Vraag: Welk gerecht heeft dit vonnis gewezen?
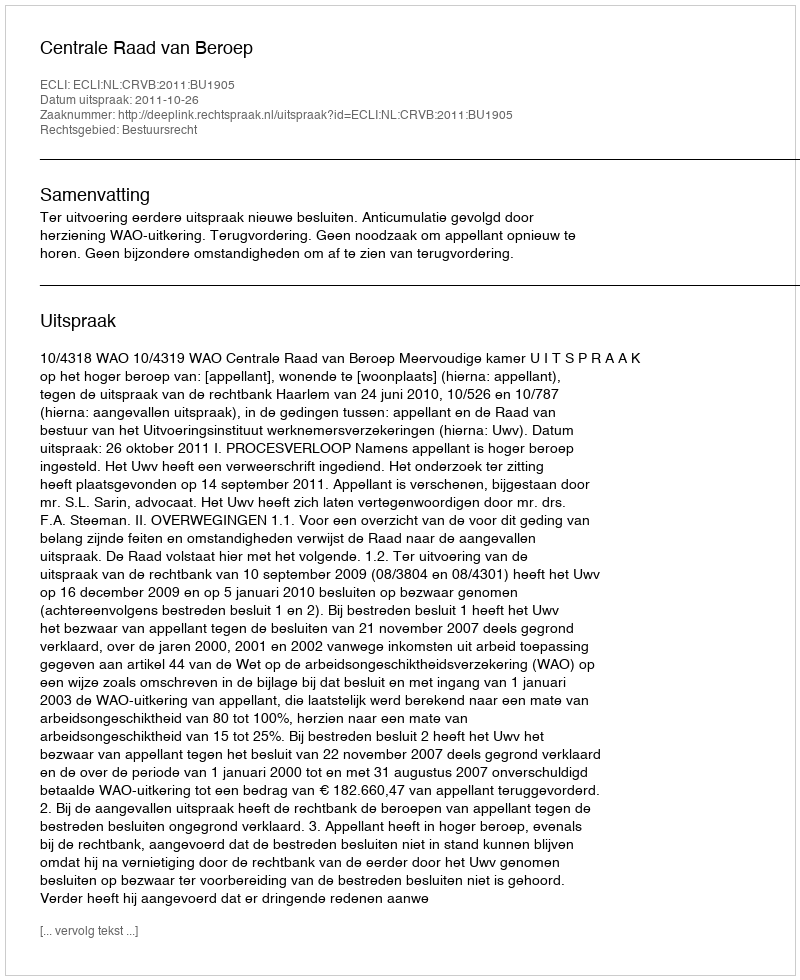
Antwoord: Centrale Raad van Beroep